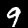
Label: 9